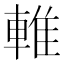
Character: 𨌴